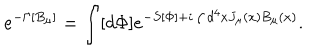
e ^ { - \Gamma [ B _ { \mu } ] } = \int [ d \Phi ] e ^ { - S [ \Phi ] + i \int d ^ { 4 } x J _ { \mu } ( x ) B _ { \mu } ( x ) } .